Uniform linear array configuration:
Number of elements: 16
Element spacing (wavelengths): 0.75
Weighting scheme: exponential
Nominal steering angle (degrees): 15
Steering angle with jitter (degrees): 16.842
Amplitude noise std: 0.05
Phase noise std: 0.05

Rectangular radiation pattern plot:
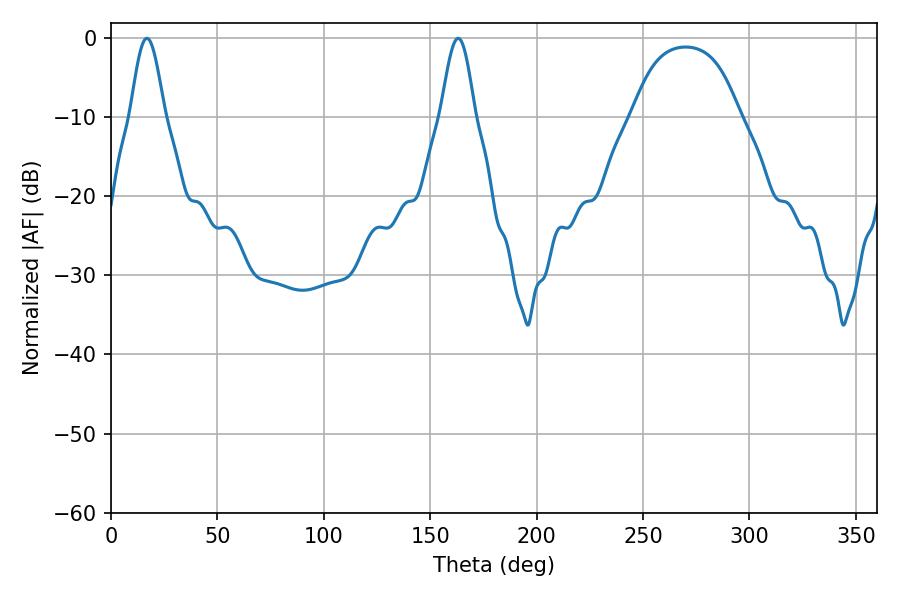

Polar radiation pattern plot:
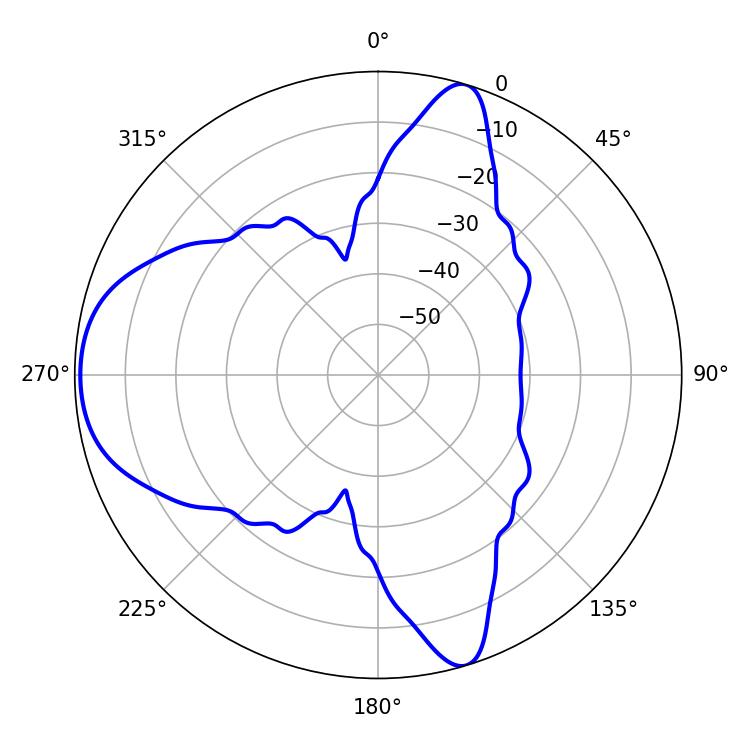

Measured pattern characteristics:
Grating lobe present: TRUE
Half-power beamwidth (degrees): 8.46
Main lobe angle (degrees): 16.92